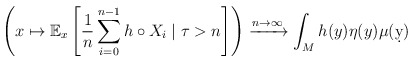
\begin{align*} \left(x\mapsto \mathbb E_x \left[\frac{1}{n} \sum_{i=0}^{n-1}h\circ X_i \mid \tau > n\right]\right) \xrightarrow{n\to\infty} \int_M h(y) \eta(y) \mu(\d y) \end{align*}